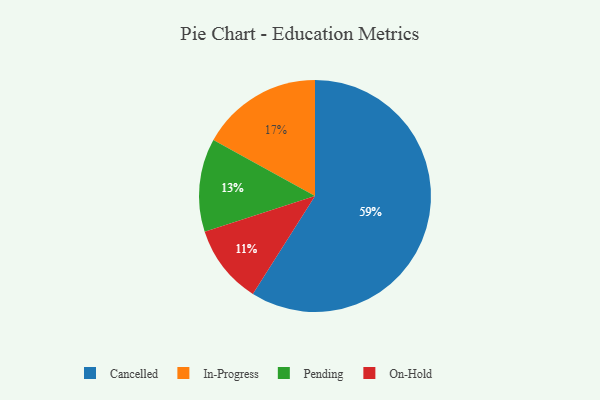
{"axis": {"x": "Category", "y": "Percentage"}, "legend": ["Cancelled", "In-Progress", "On-Hold", "Pending"], "data": [{"x": "In-Progress", "y": 17, "type": "In-Progress"}, {"x": "On-Hold", "y": 11, "type": "On-Hold"}, {"x": "Cancelled", "y": 59, "type": "Cancelled"}, {"x": "Pending", "y": 13, "type": "Pending"}]}